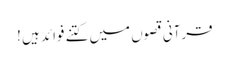
قرآنی قصوں میں کتنے فوائد ہیں !